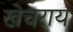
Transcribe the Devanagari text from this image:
खेचराय